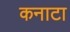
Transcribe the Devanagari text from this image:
कनाटा